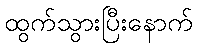
ထွက်သွားပြီးနောက်